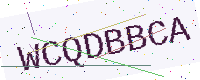
Text: WCQDBBCA